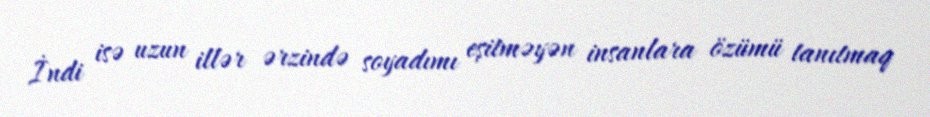
İndi isə uzun illər ərzində soyadımı eşitməyən insanlara özümü tanıtmaq